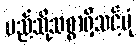
မည်သို့သစ္စာရှိသင့်ပုံ